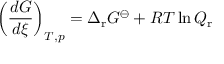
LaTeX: \left( { \frac { d G } { d \xi } } \right) _ { T , p } = \Delta _ { \mathrm { r } } G ^ { \ominus } + R T \ln Q _ { \mathrm { r } }